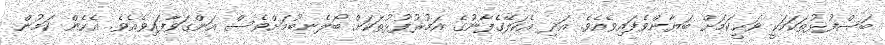
ބަސްފުޅުތަކަކަކީ ވަޙީކަމަށް ބަޔާންވެފައިވެއެވެ. އަދި އެކަލޭގެފާނުގެ އަމުރުފުޅުތަކަށް ބޯލެނބުމަށްވެސް އަންގަވާފައިވެއެވެ. އެހެން ކަމުން